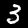
Label: 3